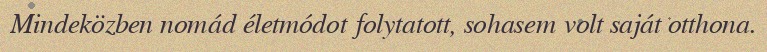
Mindeközben nomád életmódot folytatott, sohasem volt saját otthona.